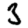
Digit: 3